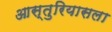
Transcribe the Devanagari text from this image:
आस्तुरियासला